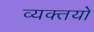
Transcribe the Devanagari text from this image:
व्यक्तयों